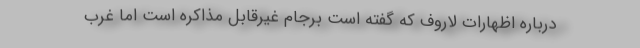
درباره اظهارات لاروف که گفته است برجام غیرقابل مذاکره است اما غرب